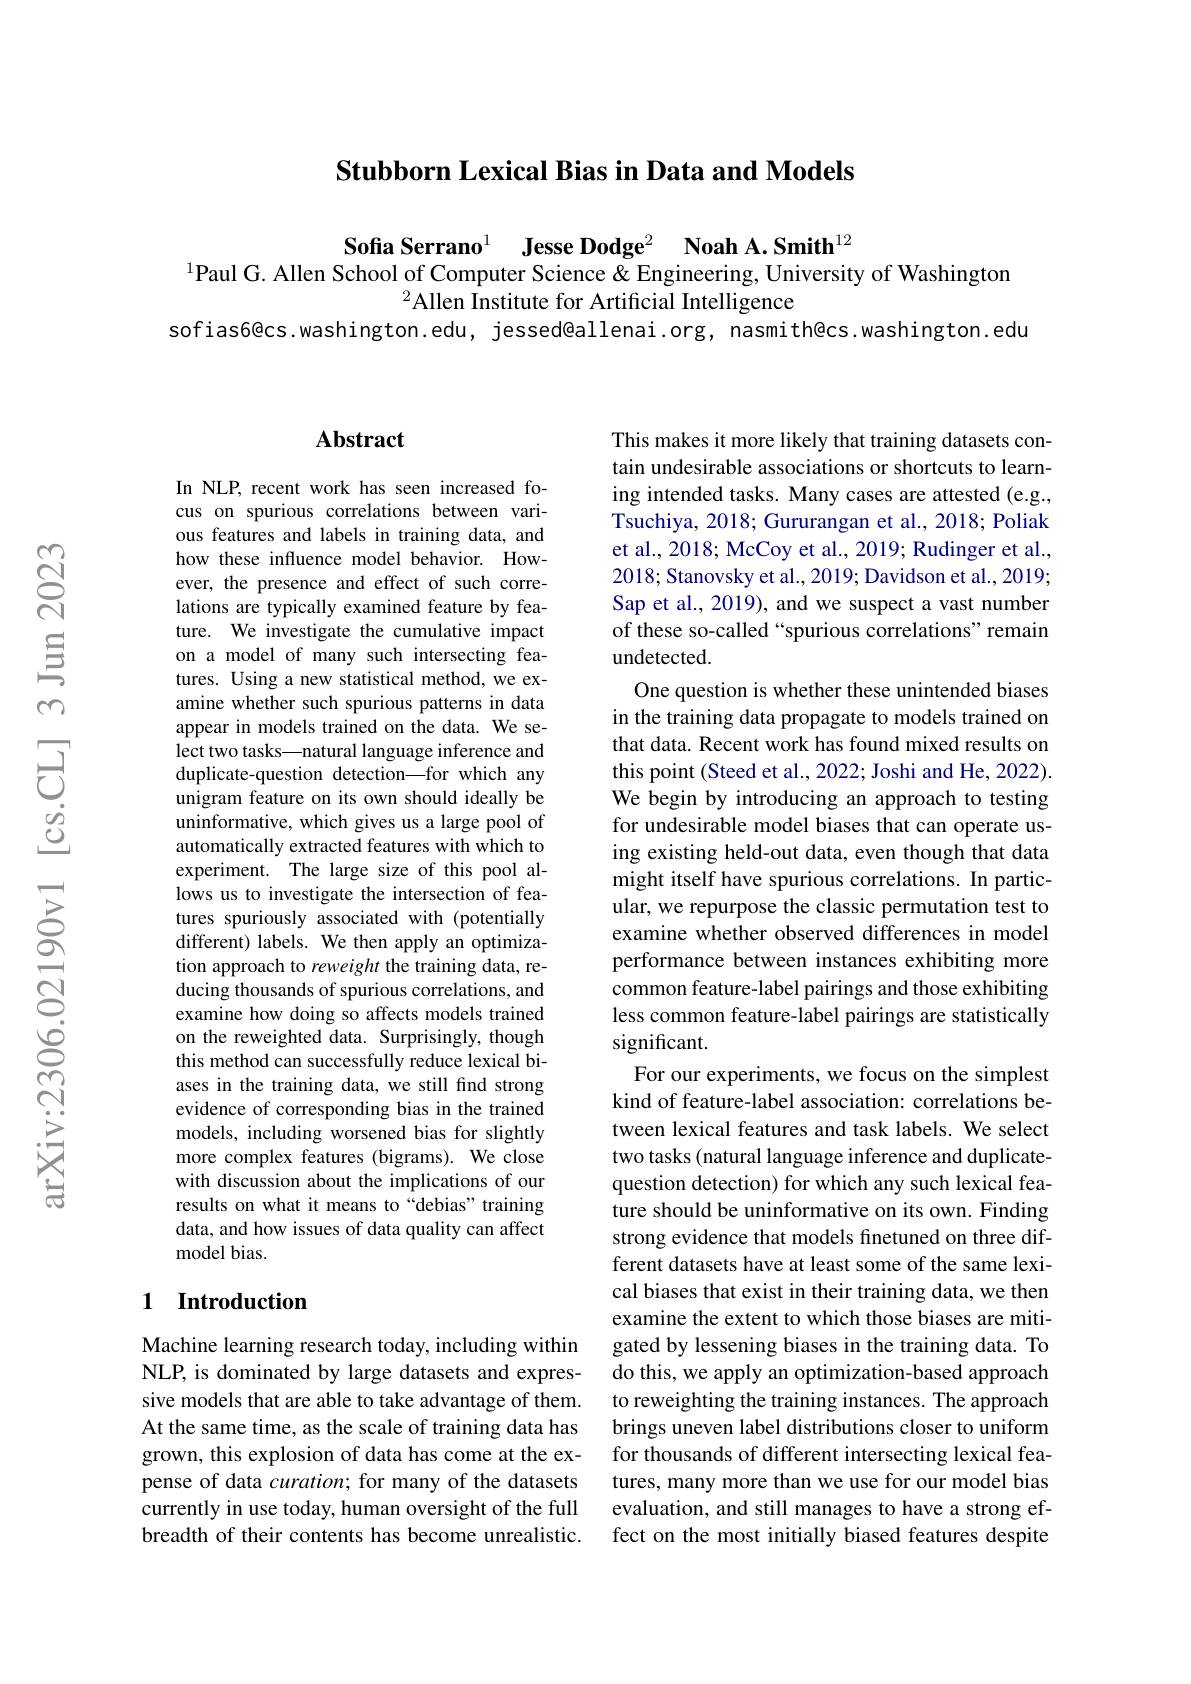
Stubborn Lexical Bias in Data and Models

$\textbf{Sofia Serrano}^{1}$ $\textbf{Jesse Dodge}^{2}$ $\textbf{Noah A. Smith}^{12}$
$^{1}$Paul G. Allen School of Computer Science & Engineering, University of Washington
$^{2}$Allen Institute for Artificial Intelligence
sofias6@cs.washington.edu, jessed@allenai.org, nasmith@cs.washington.edu

## $\mathbf{Abstract}$

In NLP, recent work has seen increased focus on spurious correlations between various features and labels in training data, and how these influence model behavior. However, the presence and effect of such correlations are typically examined feature by feature. We investigate the cumulative impact on a model of many such intersecting features. Using a new statistical method, we examine whether such spurious patterns in data appear in models trained on the data. We select two tasks—natural language inference and duplicate-question detection—for which any unigram feature on its own should ideally be uninformative, which gives us a large pool of automatically extracted features with which to experiment. The large size of this pool allows us to investigate the intersection of features spuriously associated with (potentially different) labels. We then apply an optimization approach to reweight the training data, reducing thousands of spurious correlations, and examine how doing so affects models trained on the reweighted data. Surprisingly, though this method can successfully reduce lexical biases in the training data, we still find strong evidence of corresponding bias in the trained models, including worsened bias for slightly more complex features (bigrams). We close with discussion about the implications of our results on what it means to“debias” training data, and how issues of data quality can affect model bias.

## 1 Introduction

Machine learning research today, including within NLP, is dominated by large datasets and expressive models that are able to take advantage of them. At the same time, as the scale of training data has grown, this explosion of data has come at the expense of data curation; for many of the datasets currently in use today, human oversight of the full breadth of their contents has become unrealistic.

This makes it more likely that training datasets contain undesirable associations or shortcuts to learning intended tasks. Many cases are attested (e.g., Tsuchiya, 2018; Gururangan et al., 2018; Poliak et al., 2018; McCoy et al., 2019; Rudinger et al., 2018; Stanovsky et al., 2019; Davidson et al., 2019; Sap et al., 2019), and we suspect a vast number of these so-called “spurious correlations”remain undetected.
One question is whether these unintended biases in the training data propagate to models trained on that data. Recent work has found mixed results on this point (Steed et al., 2022; Joshi and He, 2022). We begin by introducing an approach to testing for undesirable model biases that can operate using existing held-out data, even though that data might itself have spurious correlations. In particular, we repurpose the classic permutation test to examine whether observed differences in model performance between instances exhibiting more common feature-label pairings and those exhibiting less common feature-label pairings are statistically significant.
For our experiments, we focus on the simplest kind of feature-label association: correlations between lexical features and task labels. We select two tasks (natural language inference and duplicatequestion detection) for which any such lexical feature should be uninformative on its own. Finding strong evidence that models finetuned on three different datasets have at least some of the same lexical biases that exist in their training data, we then examine the extent to which those biases are mitigated by lessening biases in the training data. To do this, we apply an optimization-based approach to reweighting the training instances. The approach brings uneven label distributions closer to uniform for thousands of different intersecting lexical features, many more than we use for our model bias evaluation, and still manages to have a strong effect on the most initially biased features despite